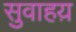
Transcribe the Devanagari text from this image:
सुवाहय़